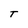
Character: T